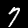
Digit: 7